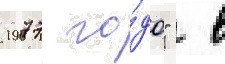
1977 го́да"  в